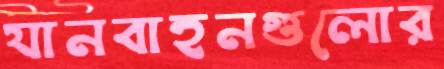
যানবাহনগুলোর